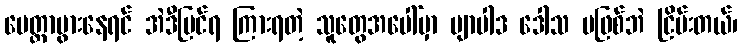
မေတ္တာပွားနေရင် အဲဒီမြင်ရ ကြားရတဲ့ သူတွေအပေါ်မှာ ဗျာပါဒ ဒေါသ မဖြစ်ဘဲ ငြိမ်းတယ်၊